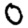
Digit: 0